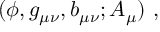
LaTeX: ( \phi , g _ { \mu \nu } , b _ { \mu \nu } ; { \cal A } _ { \mu } ) \ ,